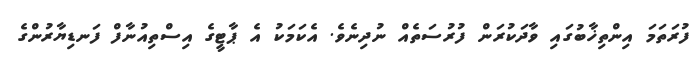
ފުރަތަމަ އިންތިޚާބުގައި ވާދަކުރަން ފުރުސަތެއް ނުދިނެވެ. އެކަމަކު އެ ޕާޓީގެ އިސްތިއުނާފް ފަނޑިޔާރުންގެ